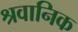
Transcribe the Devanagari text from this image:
श्रवानिक